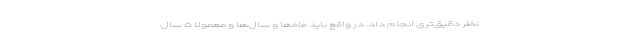
نظر دقیق‌تری انجام داد. در واقع باید ماه‌ها و سال‌ها و معمولا ۵ سال